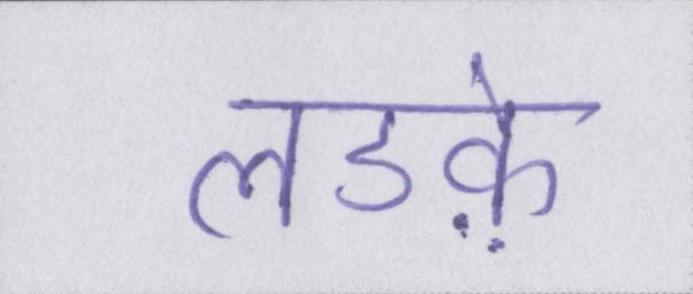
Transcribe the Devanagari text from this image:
लडक़े